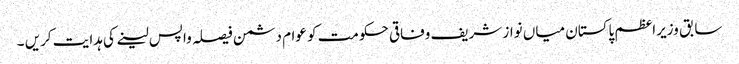
سابق وزیراعظم پاکستان میاں نواز شریف وفاقی حکومت کو عوام دشمن فیصلہ واپس لینے کی ہدایت کریں ۔